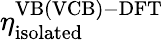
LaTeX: \eta_{\mathrm{isolated}}^{\mathrm{VB(VCB)-DFT}}